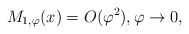
\begin{align*}M_{1,\varphi}(x)=O(\varphi^2), \varphi\to0,\end{align*}